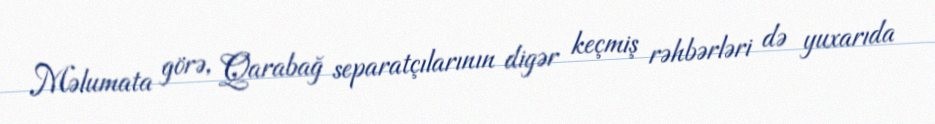
Məlumata görə, Qarabağ separatçılarının digər keçmiş rəhbərləri də yuxarıda